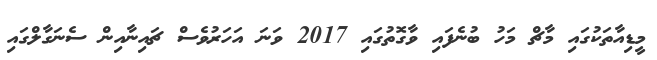
މީޑިއާތަކުގައި މާޗް މަހު ބުނެފައި ވާގޮތުގައި 2017 ވަނަ އަހަރުވެސް ޗައިނާއިން ސެނަގާލްގައި